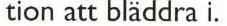
tion att bläddra i.